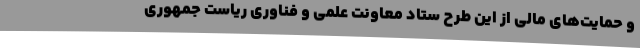
و حمایت‌های مالی از این طرح ستاد معاونت علمی و فناوری ریاست جمهوری